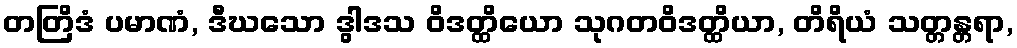
တတြိဒံ ပမာဏံ, ဒီဃသော ဒွါဒသ ဝိဒတ္ထိယော သုဂတဝိဒတ္ထိယာ, တိရိယံ သတ္တန္တရာ,